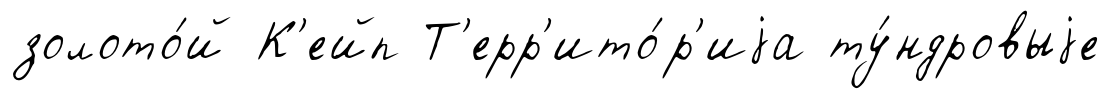
золото́й К'ейп Т'ерр'ито́р'иjа ту́ндровыjе